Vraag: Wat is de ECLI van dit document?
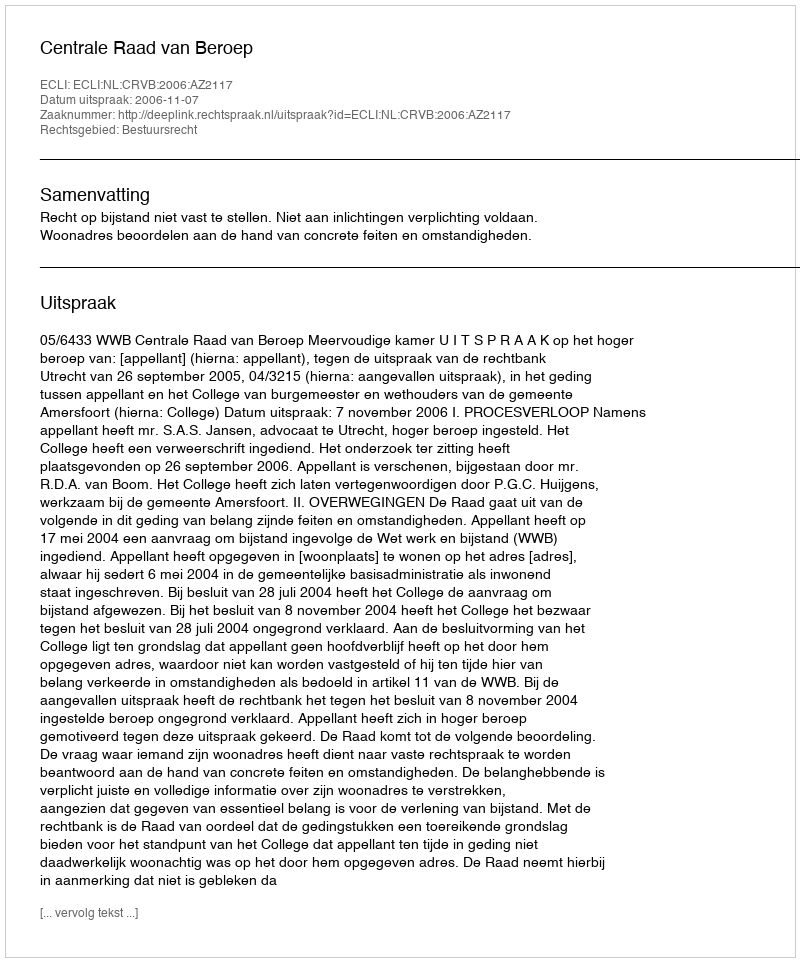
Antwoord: ECLI:NL:CRVB:2006:AZ2117